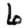
Digit: 6